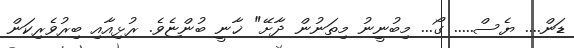
ޑަން.... ޔެސް..... ގޯ... މިބުނީނު މިތަނުން ދާށޭ" ޚާނީ ބުންޏެވެ. ރުޅިއާއި ބިރުވެރިކަން